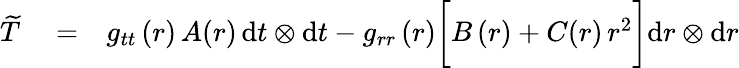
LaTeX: \begin{array}{rlr}{\widetilde{T}}&{{}=}&{g_{tt}\left(r\right)\, A(r)\, \mathrm{d}t\otimes\mathrm{d}t-g_{rr}\left(r\right)\bigg[B\left(r\right)+C(r)\, r^{2}\bigg]\mathrm{d}r\otimes\mathrm{d}r}\end{array}